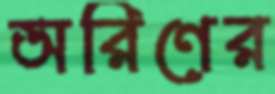
অরিণের